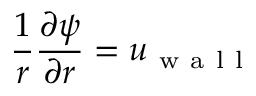
\frac { 1 } { r } \frac { \partial \psi } { \partial r } = u _ { \mathrm { ~ w ~ a ~ l ~ l ~ } }